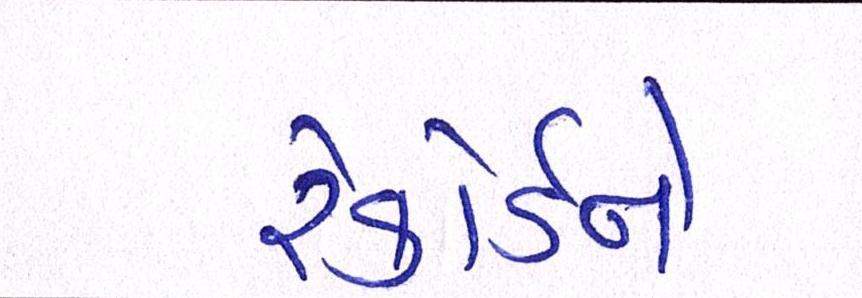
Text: રેકોર્ડને